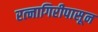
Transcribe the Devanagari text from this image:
रत्‍नागिरीपासून